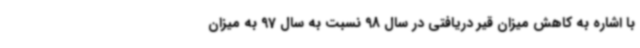
با اشاره به کاهش میزان قیر دریافتی در سال 98 نسبت به سال 97 به میزان